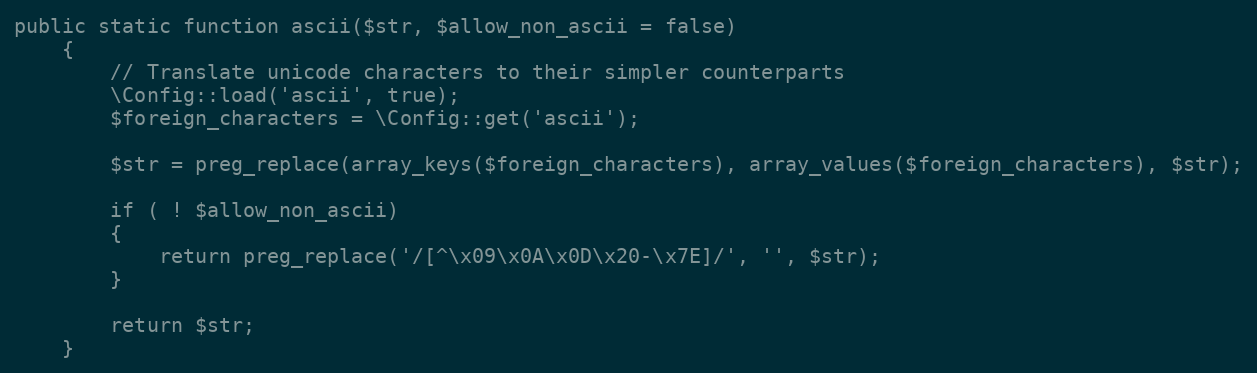
Language: PHP
public static function ascii($str, $allow_non_ascii = false)
	{
		// Translate unicode characters to their simpler counterparts
		\Config::load('ascii', true);
		$foreign_characters = \Config::get('ascii');

		$str = preg_replace(array_keys($foreign_characters), array_values($foreign_characters), $str);

		if ( ! $allow_non_ascii)
		{
			return preg_replace('/[^\x09\x0A\x0D\x20-\x7E]/', '', $str);
		}

		return $str;
	}